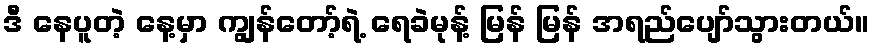
ဒီ နေပူတဲ့ နေ့မှာ ကျွန်တော့်ရဲ့ ရေခဲမုန့် မြန် မြန် အရည်ပျော်သွားတယ်။